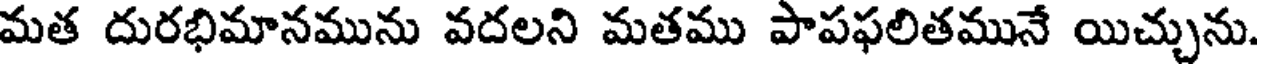
మత దురభిమానమును వదలని మతము పాపఫలితమునే యిచ్చును.